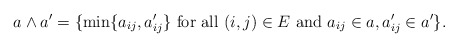
\begin{align*}a\wedge a'=\{\min\{a_{ij},a_{ij}'\}\mbox{ for all }(i,j)\in E\mbox{ and }a_{ij}\in a,a'_{ij}\in a'\}.\end{align*}